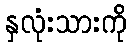
နှလုံးသားကို